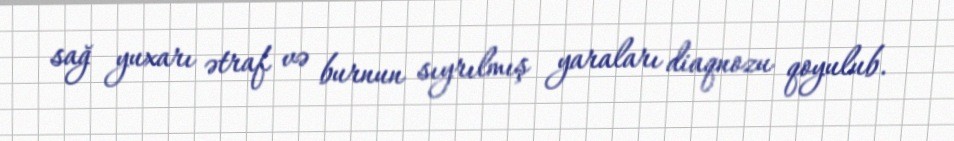
sağ yuxarı ətraf və burnun sıyrılmış yaraları diaqnozu qoyulub.